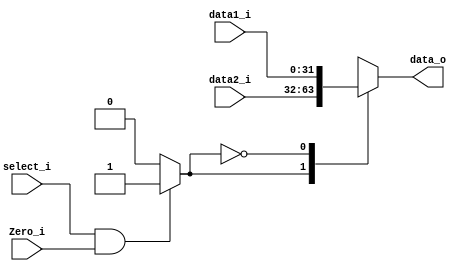
module MUX_Add(
    data1_i,
    data2_i,
    select_i,
    Zero_i,
    data_o
);

input	[31:0]	data1_i, data2_i;
input			select_i, Zero_i;
output	[31:0]	data_o;
reg		[31:0]	data_o;

reg		select;

always @(data1_i or data2_i or select_i or Zero_i) begin
	select = (select_i == 1 && Zero_i == 1)? 1 : 0;
	case(select)
		1: data_o = data2_i;
		0: data_o = data1_i;
	endcase
end

endmodule

// Check By hortune